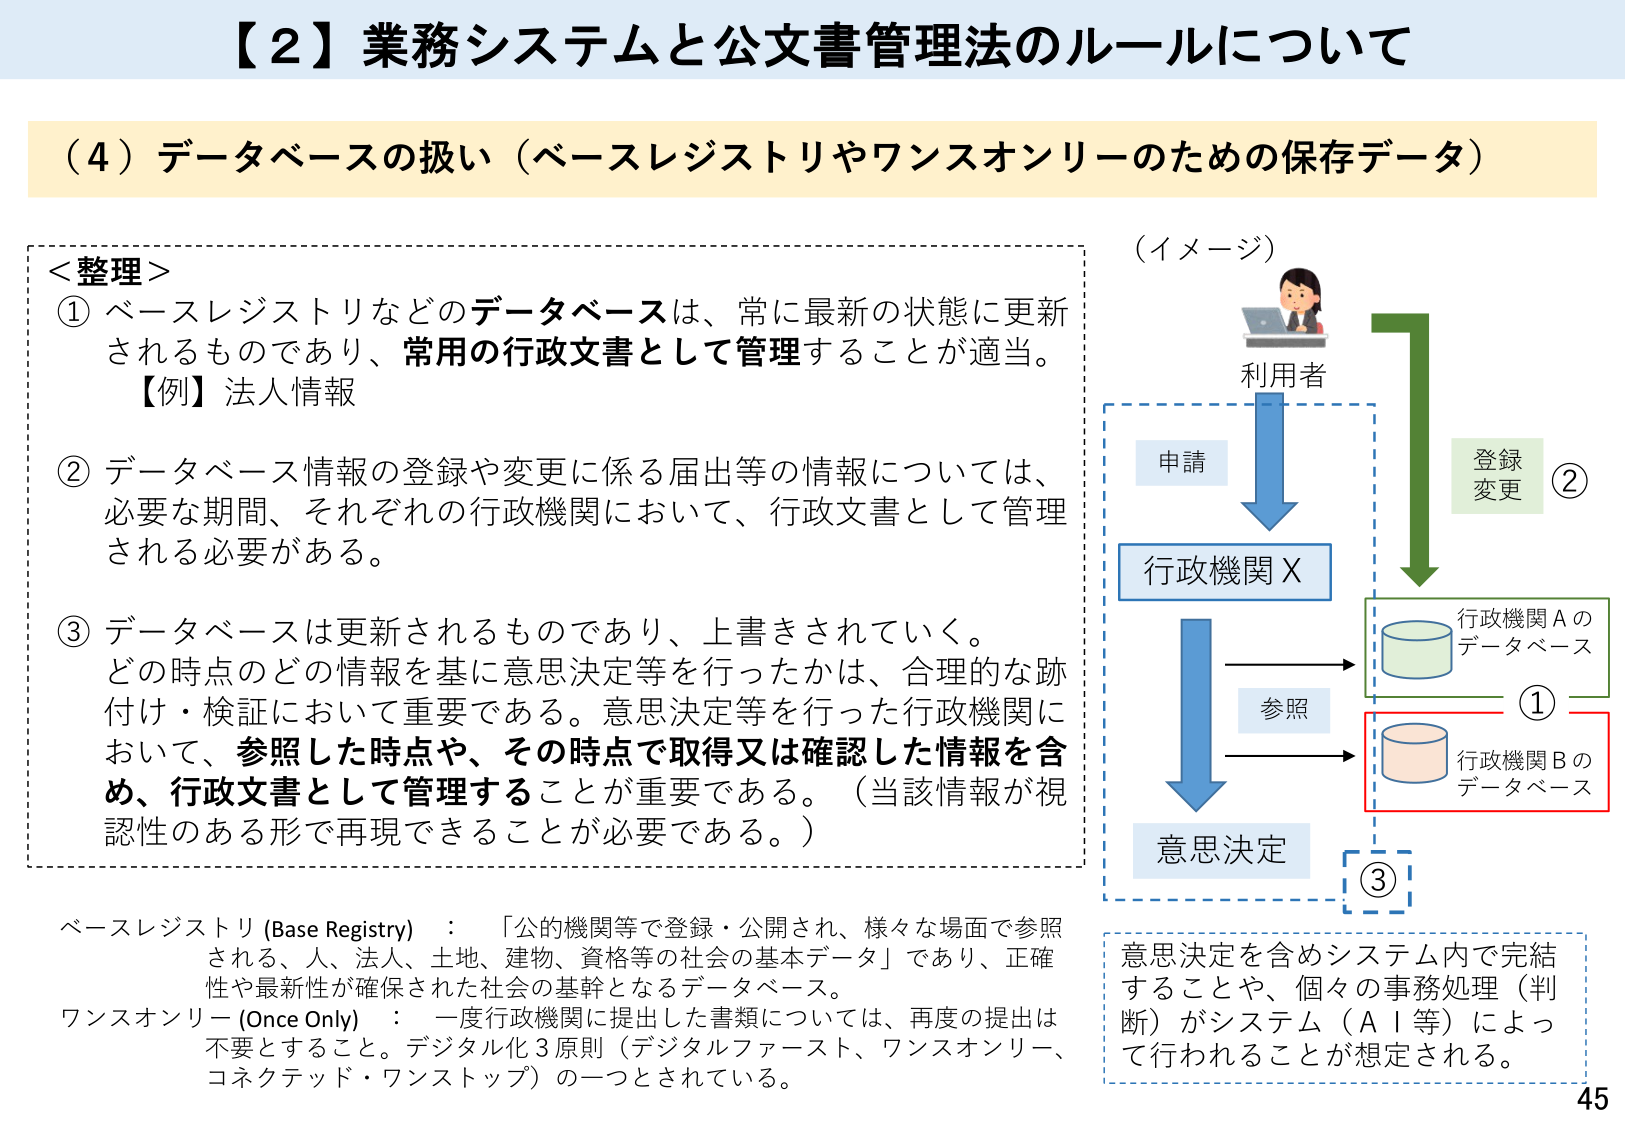
【２】業務システムと公文書管理法のルールについて

（４）データベースの扱い（ベースレジストリやワンスオンリーのための保存データ）

＜整理＞
① ベースレジストリなどのデータベースは、常に最新の状態に更新されるものであり、常用の行政文書として管理することが適当。
【例】法人情報

② データベース情報の登録や変更に係る届出等の情報については、必要な期間、それぞれの行政機関において、行政文書として管理される必要がある。

③ データベースは更新されるものであり、上書きされていく。どの時点のどの情報を基に意思決定等を行ったかは、合理的な跡付け・検証において重要である。意思決定等を行った行政機関において、参照した時点や、その時点で取得又は確認した情報を含め、行政文書として管理することが重要である。（当該情報が視認性のある形で再現できることが必要である。）

（イメージ）
利用者
申請
行政機関Ｘ
参照
意思決定
登録
変更
②
行政機関Ａの
データベース
①
行政機関Ｂの
データベース
③
意思決定を含めシステム内で完結することや、個々の事務処理（判断）がシステム（ＡＩ等）によって行われることが想定される。

ベースレジストリ (Base Registry) ：「公的機関等で登録・公開され、様々な場面で参照される、人、法人、土地、建物、資格等の社会の基本データ」であり、正確性や最新性が確保された社会の基幹となるデータベース。
ワンスオンリー (Once Only) ：一度行政機関に提出した書類については、再度の提出は不要とすること。デジタル化3原則（デジタルファースト、ワンスオンリー、コネクテッド・ワンストップ）の一つとされている。

45